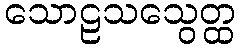
သောဠသသွေတ္ထ